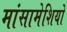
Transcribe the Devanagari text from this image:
मांसामेशियों